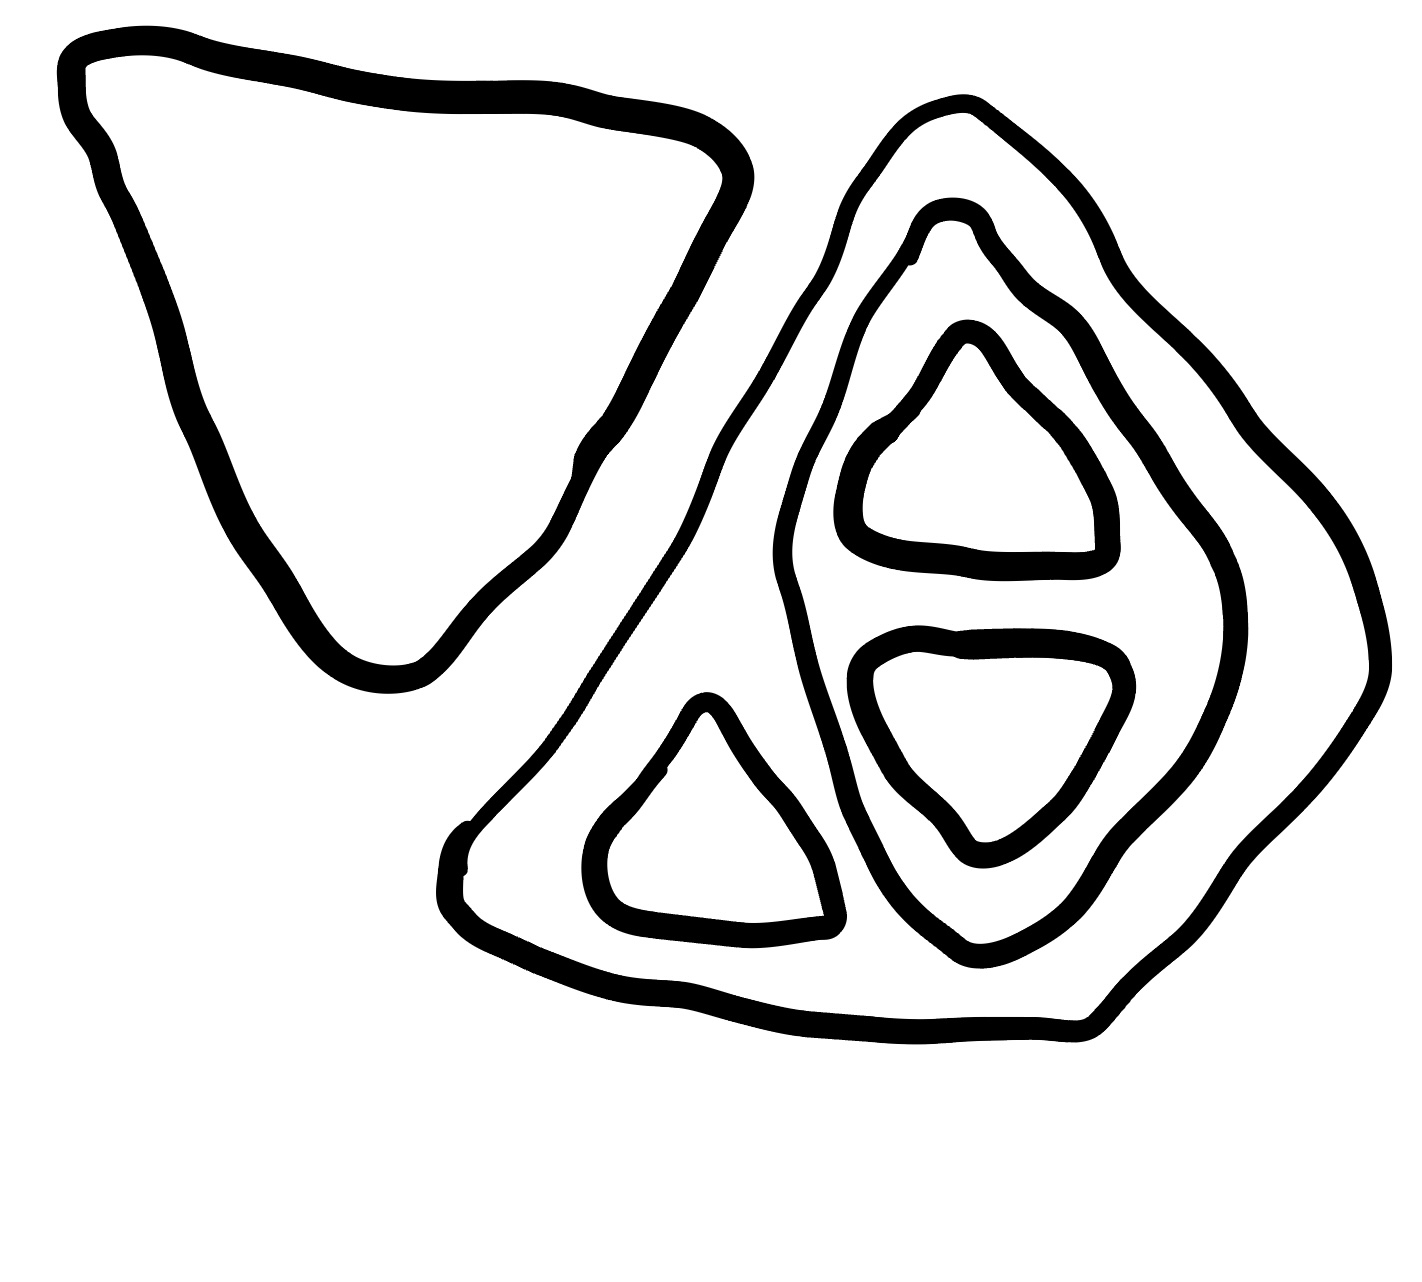
Number of regions (including the outer root region): 7
Containment tree edges (parent, child): 0, 1, 0, 6, 1, 2, 1, 3, 3, 4, 3, 5